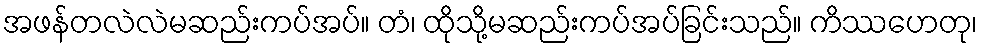
အဖန်တလဲလဲမဆည်းကပ်အပ်။ တံ၊ ထိုသို့မဆည်းကပ်အပ်ခြင်းသည်။ ကိဿဟေတု၊